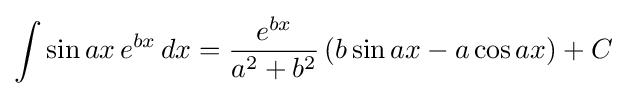
\int \sin ax\,e^{bx}\,dx={\frac {e^{bx}}{a^{2}+b^{2}}}\left(b\sin ax-a\cos ax\right)+C